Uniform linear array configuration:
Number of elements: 64
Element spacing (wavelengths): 1
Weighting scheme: exponential
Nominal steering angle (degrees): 30
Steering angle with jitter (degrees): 28.45
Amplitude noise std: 0.05
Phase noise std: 0.05

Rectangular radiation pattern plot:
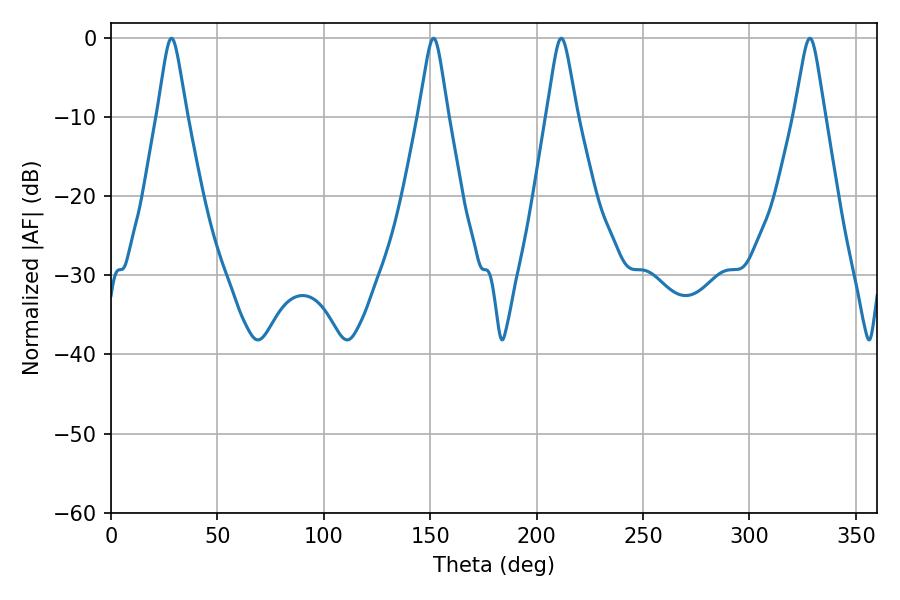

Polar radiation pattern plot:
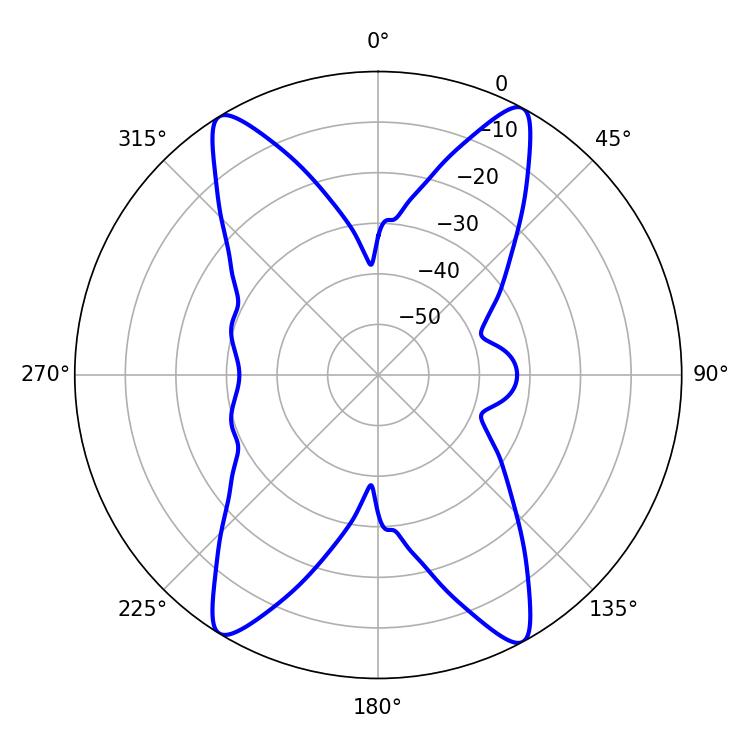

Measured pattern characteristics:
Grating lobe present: TRUE
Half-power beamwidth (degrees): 6.48
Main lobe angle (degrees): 28.44